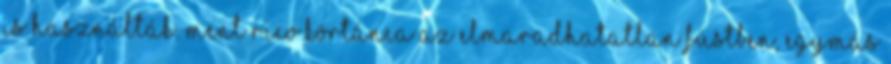
is használták. Ment Rico körtánca az elmaradhatatlan füstben, egymás